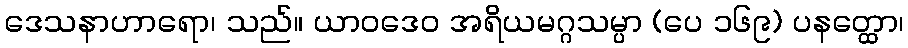
ဒေသနာဟာရော၊ သည်။ ယာဝဒေဝ အရိယမဂ္ဂသမ္ပာ (ပေ ၁၆၉) ပနတ္ထော၊